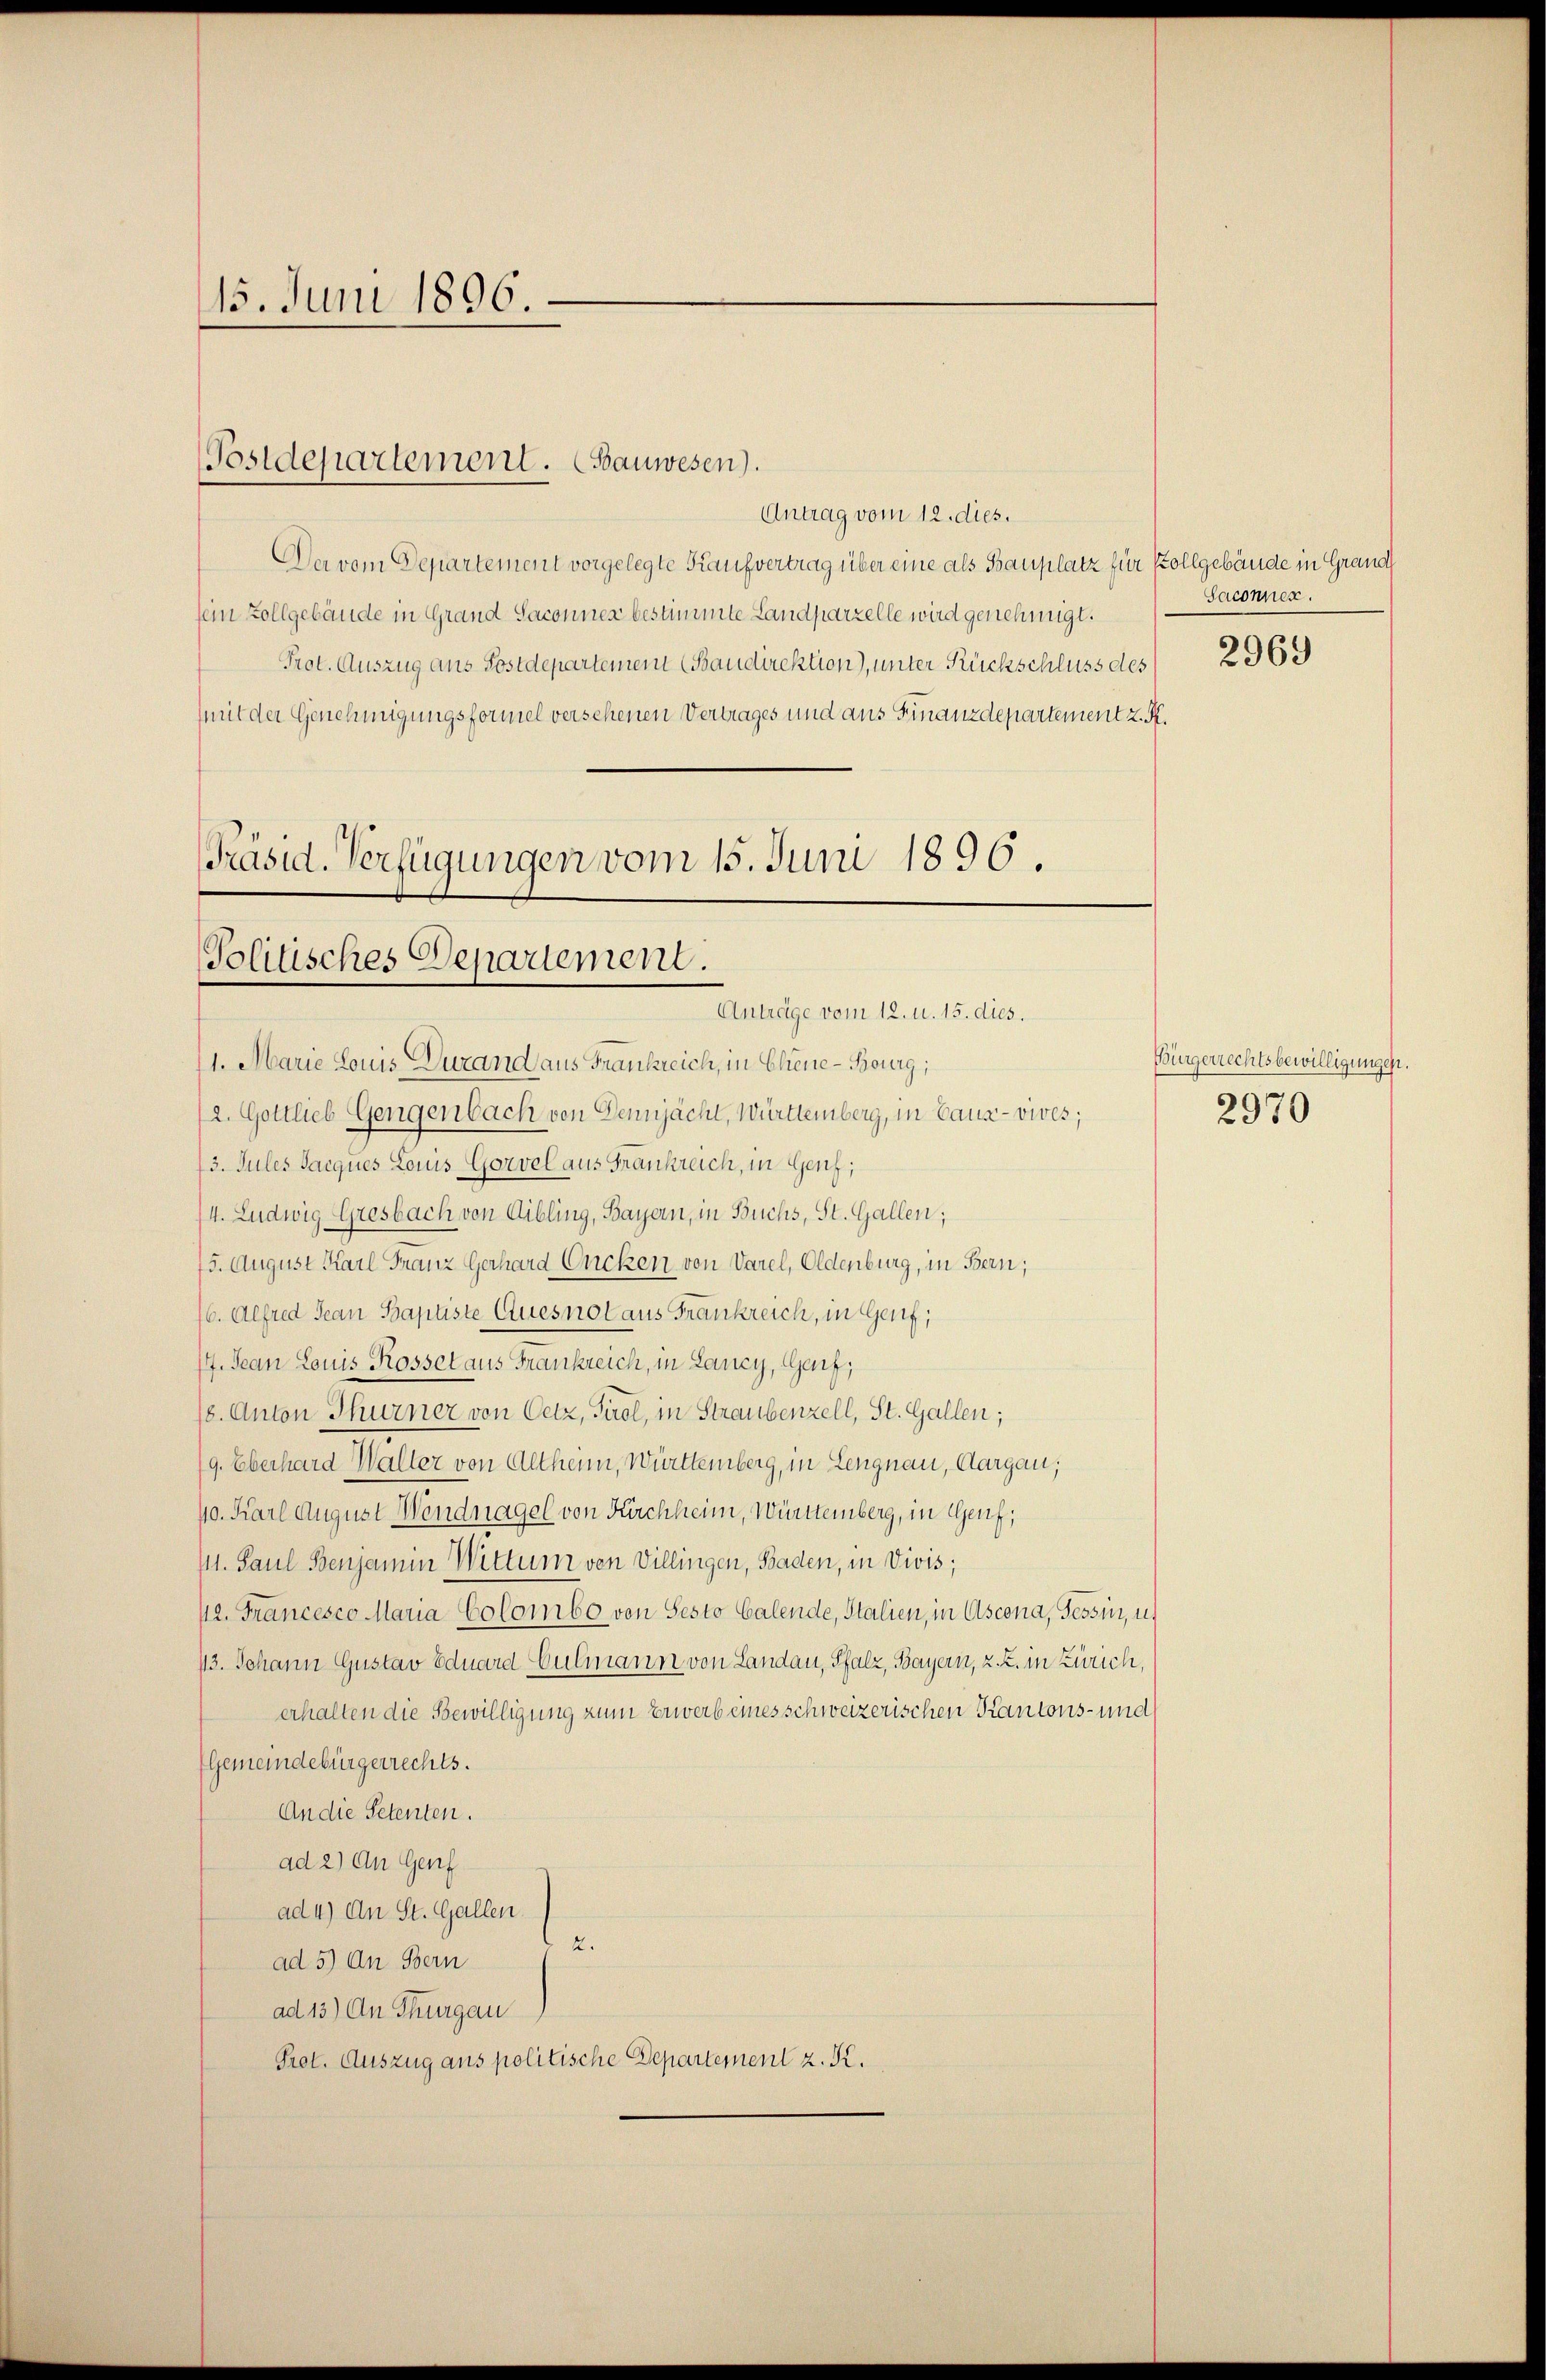
15. Juni 1896.

Antrag vom 12. dies.
Da vom Departement vorgelegte Kaufvertrag über eine als Bauplatz für Pollgebäude in Grand
fein Zollgebäude in Grand Saconner bestimmte Landparzelle wird genehmigt.
Prot. Auszug aus Postdepartemein (Baudirektion), unter Rückschluss des
mit der Genehmigungsformel versehenen Vertrages und aus Finanzdepartement z. K.
[Präsid. Verfügungen vom 15. Juni 1896.

Postdepartement. (Bauwesen).

Politisches Departement.
Anträge vom 12. u. 15. dies.

11. Marie Louis Durand aus Frankreich, in Chene Bourg;
2. Gottlieb Gengenbach von Dennjächt, Württemberg, in Bauz-vives;
13. Jules Jacques Louis-Gorvel aus Frankreich, in Genf;
4. Ludwig Gresbach von Bibling, Bayern, in Buchs, St. Gallen;
75. August Karl Franz Gerhard Oncken von Varel, Oldenburg, in Bern;
16. Alfred Jean Baptiste Quesnot aus Frankreich, in Genf,
17. Jean Louis Rosset aus Frankreich, in Lancy, Ganz,
18. Anton Thurner von Oetz, Tirol, in Straubenzell, St. Gallen;
(9. Eberhard Walter von Altheim, Württemberg, in Lengnau, Aargau;
40. Karl August Wendnagel von Kirchheim, Württemberg, in Genf,
111. Paul Benjamin Wittum von Villingen, Baden, in Divis;
12. Francesco Maria Colombo von Sesto Galende, Stalien, in Ascona, Tessin, u.
13. Johann Gustav Eduard Culmann von Landau, Pfalz, Bayern, z. Z. in Zürich,
erhalten die Bewilligung zum Erwerb eines schweizerischen Kantons- und
Gemeindebürgerrechts.
An die Petenten.
ad 2) An Genf
ad 4) An St. Gallen.
ad 5) An Bern 2.
ad 13) An Thurgau
Prot. Auszug aus politische Departement z. K.

Saconnen.

2969

Bürgerrechtsbewilligungen
2970